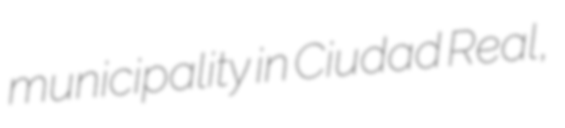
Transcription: municipality in Ciudad Real,